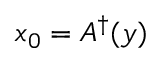
x _ { 0 } = A ^ { \dagger } ( y )